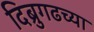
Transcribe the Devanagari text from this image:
दिब्रुगढच्या